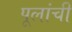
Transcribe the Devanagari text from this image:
पूलांची